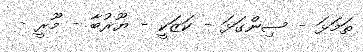
ތަމަޅަ - ސިންގަޅަ - ކަޒަކީ - ޔޫރުބާ - މޫރީ -